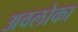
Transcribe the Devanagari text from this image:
अवलोका